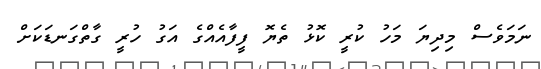
ނަމަވެސް މިދިޔަ މަހު ކުރީ ކޮޅު ތެޔޮ ފީފާއެއްގެ އަގު ހުރީ ގާތްގަނޑަކަށް